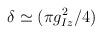
LaTeX: \begin{align*}\delta \simeq (\pi g_{Iz}^2/4)\end{align*}